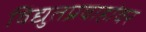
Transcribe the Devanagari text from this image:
विद्युतप्रवाहांवर